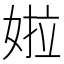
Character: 𡝰